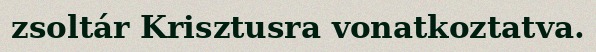
zsoltár Krisztusra vonatkoztatva.